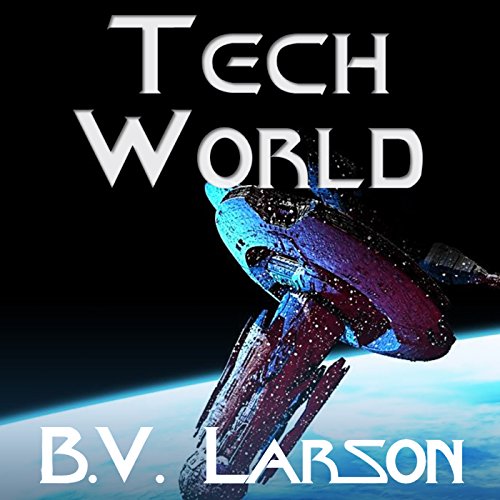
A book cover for Tech World: Undying Mercenaries, Book 3; B.V. Larson; Mystery, Thriller & Suspense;